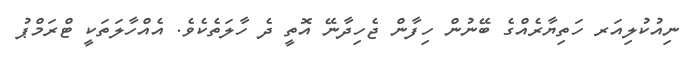
ނިއުކުލިއަރ ހަތިޔާރެއްގެ ބޭނުން ހިފާން ޖެހިދާނޭ އޮތީ ދެ ހާލަތެކެވެ. އެއްހާލަތަކީ ޓްރަމްޕު